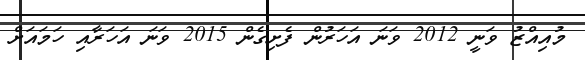
މުއިއްޒު ވަނީ 2012 ވަނަ އަހަރުން ފެށިގެން 2015 ވަނަ އަހަރާއި ހަމައަށް